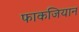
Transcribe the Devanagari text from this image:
फाकजियान